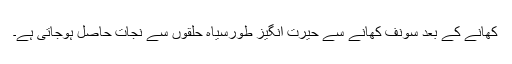
کھانے کے بعد سونف کھانے سے حیرت انگیز طورسیاہ حلقوں سے نجات حاصل ہوجاتی ہے۔